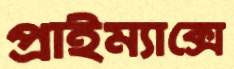
প্রাইম্যাক্সে